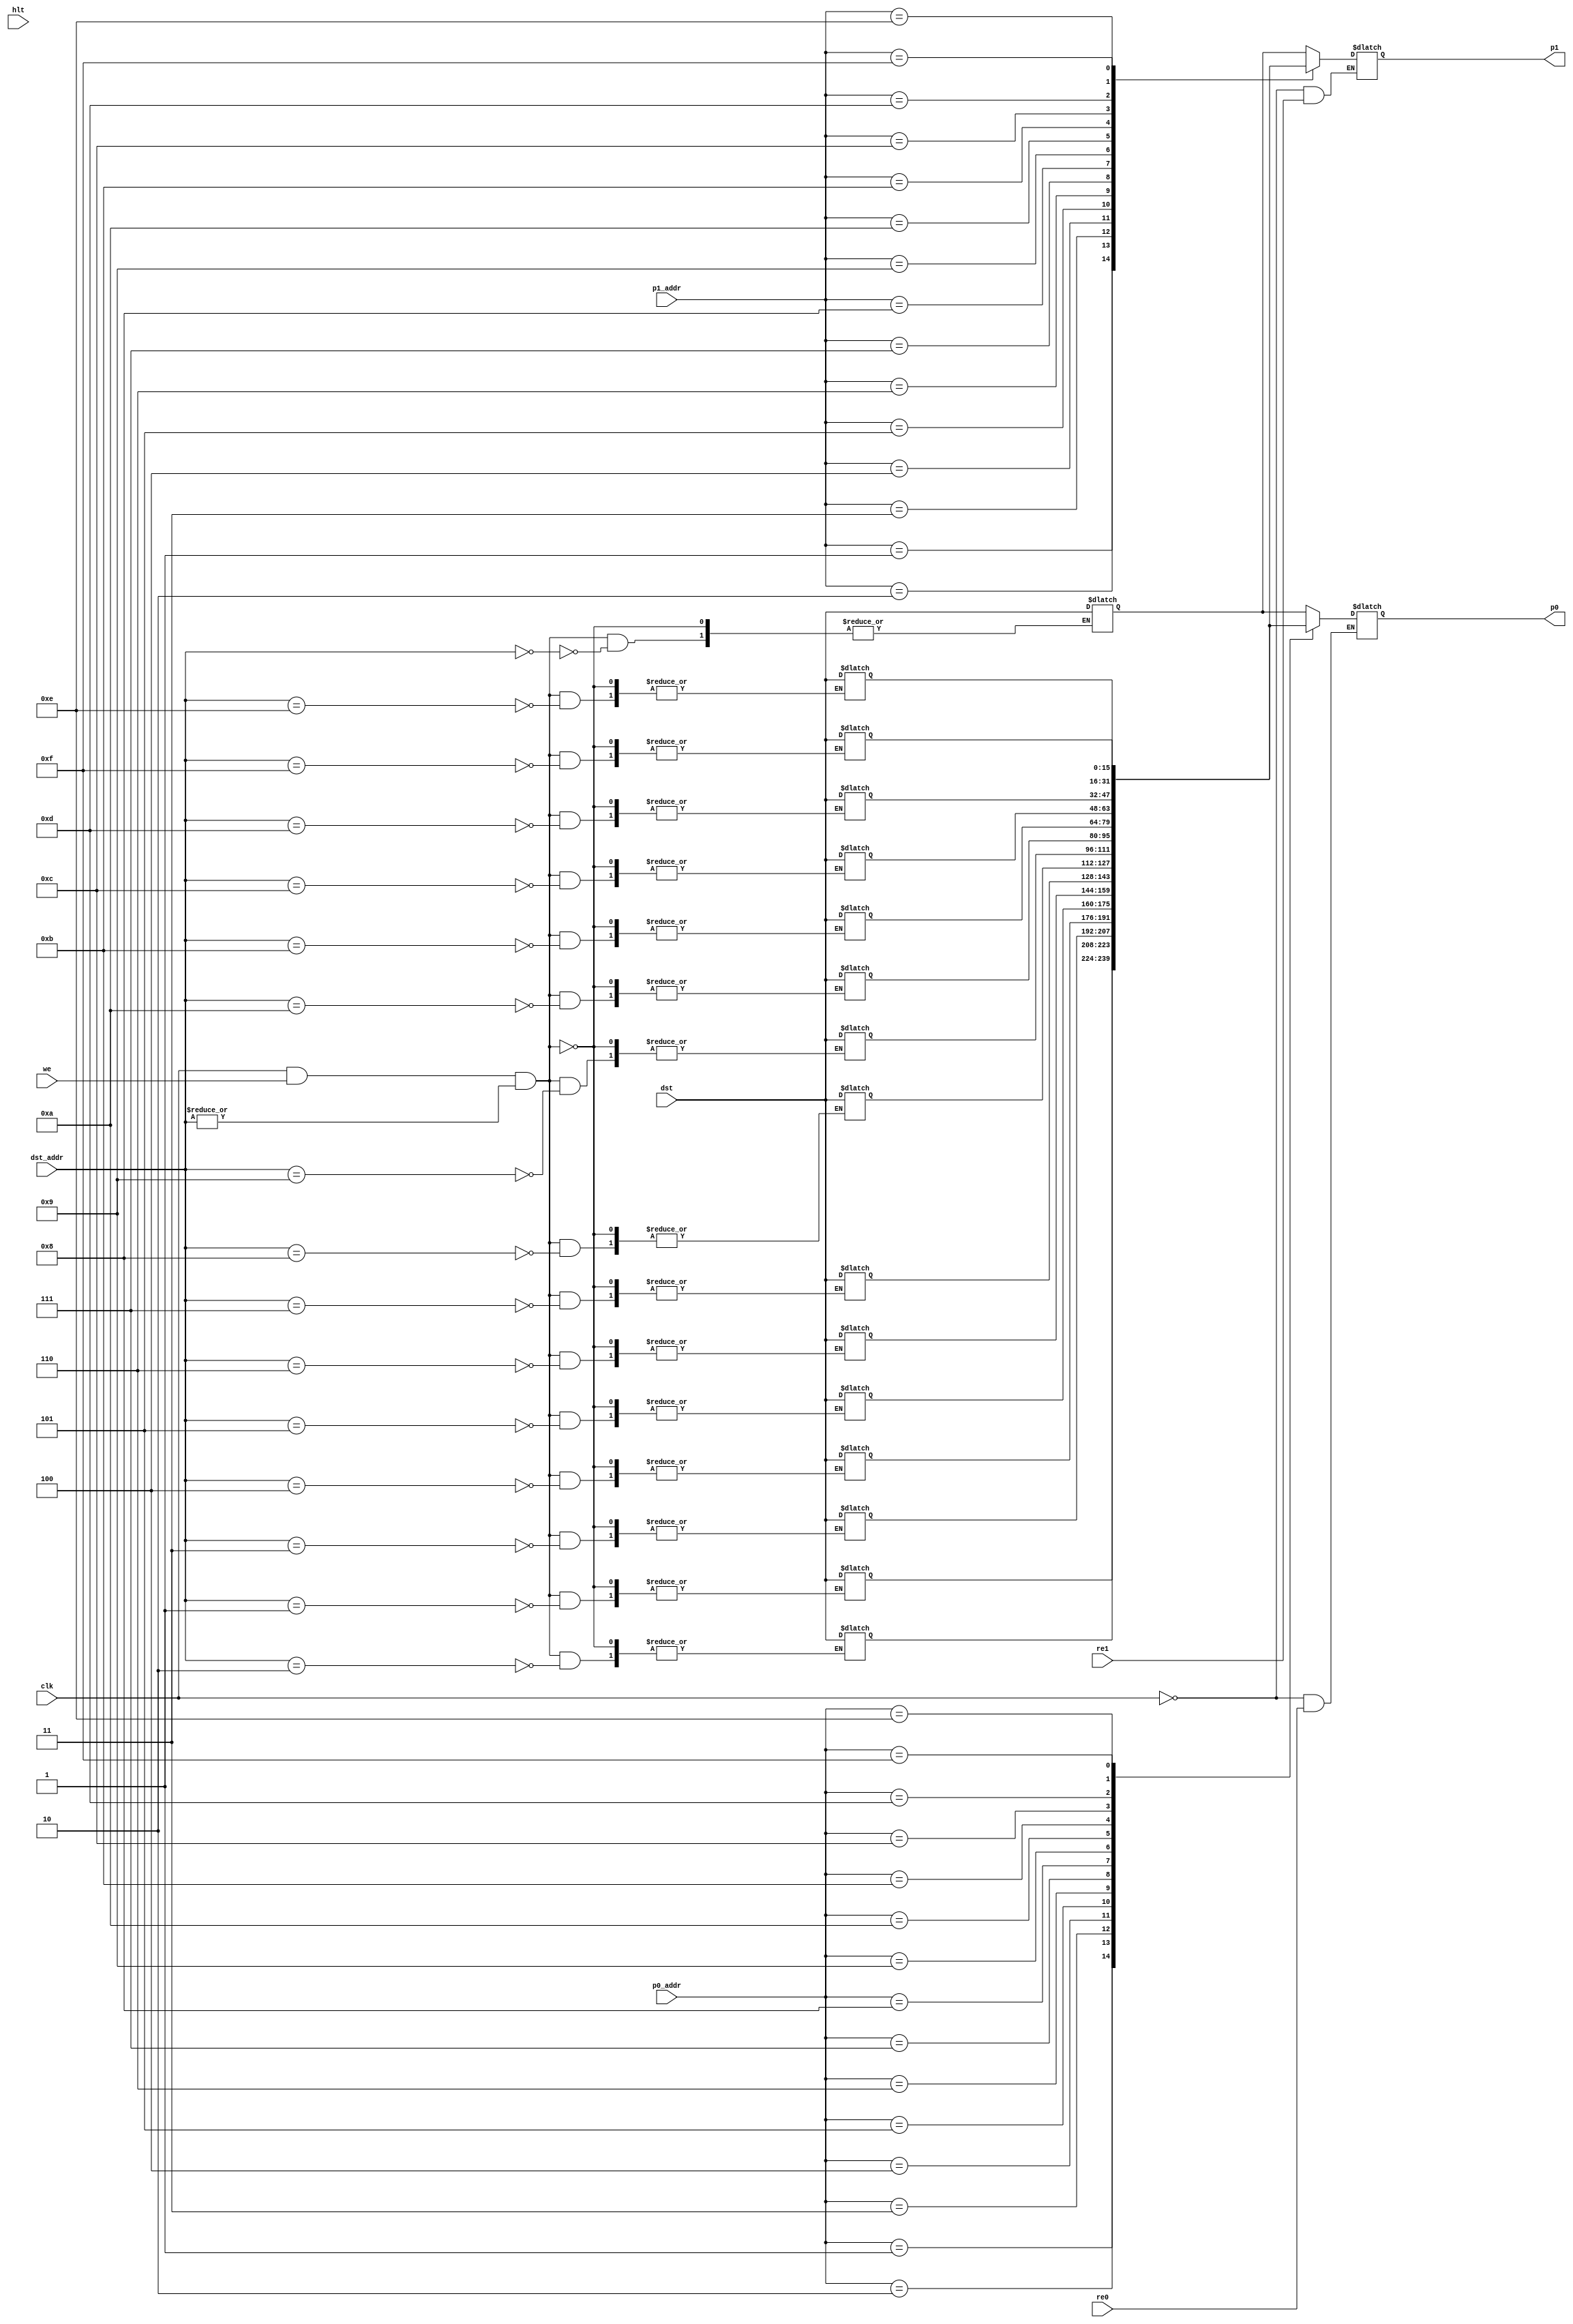
module rf(clk,p0_addr,p1_addr,p0,p1,re0,re1,dst_addr,dst,we,hlt);
//////////////////////////////////////////////////////////////////
// Triple ported register file.  Two read ports (p0 & p1), and //
// one write port (dst).  Data is written on clock high, and  //
// read on clock low //////////////////////////////////////////
//////////////////////

input clk;
input [3:0] p0_addr, p1_addr;				// two read port addresses
input re0,re1;						// read enables (power not functionality)
input [3:0] dst_addr;					// write address
input [15:0] dst;					// dst bus
input we;						// write enable
input hlt;						// not a functional input.  Used to dump register contents when
							// test is halted.

output reg [15:0] p0,p1;  				//output read ports

integer indx;

reg [15:0]mem[0:15];

/*
reg [3:0] dst_addr_lat;					// have to capture dst_addr from previous cycle
reg [15:0] dst_lat;					// have to capture write data from previous cycle
reg we_lat;						// have to capture we from previous cycle
*/

//////////////////////////////////////////////////////////
// Register file will come up uninitialized except for //
// register zero which is hardwired to be zero.       //
///////////////////////////////////////////////////////
initial begin
  mem[0] = 16'h0000;					// reg0 is always 0,
end

/*
//////////////////////////////////////////////////
// dst_addr, dst, & we all need to be latched  //
// on clock low of previous cycle to maintain //
// in clock high write of next cycle.        //
//////////////////////////////////////////////
always @(clk,dst_addr,dst,we)
  if (~clk)
    begin
	  dst_addr_lat <= dst_addr;
	  dst_lat      <= dst;
	  we_lat       <= we;
	end
*/

//////////////////////////////////
// RF is written on clock high //
////////////////////////////////
always @(clk,we,dst_addr,dst)
  if (clk && we && |dst_addr)
    mem[dst_addr] <= dst;
	
//////////////////////////////
// RF is read on clock low //
////////////////////////////
always @(clk,re0,p0_addr)
  if (~clk && re0)
    p0 <= mem[p0_addr];
	
//////////////////////////////
// RF is read on clock low //
////////////////////////////
always @(clk,re1,p1_addr)
  if (~clk && re1)
    p1 <= mem[p1_addr];
	
////////////////////////////////////////
// Dump register contents at program //
// halt for debug purposes          //
/////////////////////////////////////
always @(posedge hlt)
  for(indx=1; indx<16; indx = indx+1)
    $display("R%1h = %h",indx,mem[indx]);
	
endmodule